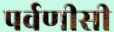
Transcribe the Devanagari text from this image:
पर्वणीसी